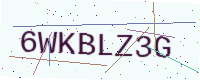
Text: 6WKBLZ3G